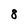
Character: 8